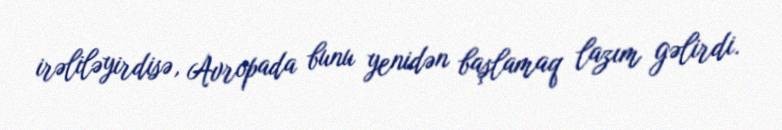
irəliləyirdisə, Avropada bunu yenidən başlamaq lazım gəlirdi.